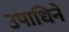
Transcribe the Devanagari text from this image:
उपाधिने